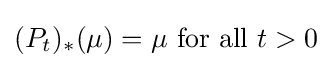
(P_{t})_{\ast }(\mu )=\mu {\mbox{ for all }}t>0